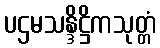
ပဌမသန္ဒိဋ္ဌိကသုတ္တံ